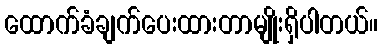
ထောက်ခံချက်ပေးထားတာမျိုးရှိပါတယ်။